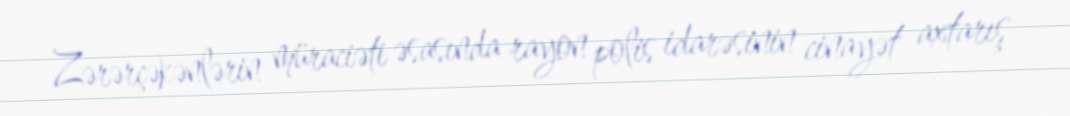
Zərərçəkənlərin müraciəti əsasında rayon polis idarəsinin cinayət axtarış